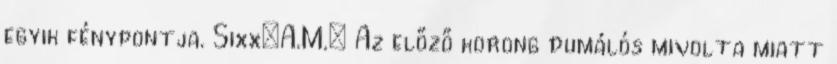
egyik fénypontja. Sixx:A.M.: Az előző korong dumálós mivolta miatt